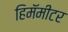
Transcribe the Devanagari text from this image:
हिमॅमीटर